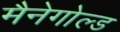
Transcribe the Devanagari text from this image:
मैनेगोल्ड